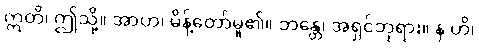
ဣတိ၊ ဤသို့။ အာဟ၊ မိန့်တော်မူ၏။ ဘန္တေ၊ အရှင်ဘုရား။ န ဟိ၊